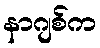
နာဂျစ်က